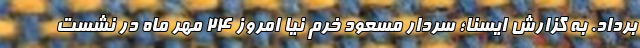
برداد. به گزارش ایسنا؛ سردار مسعود خرم نیا امروز ۲۴ مهر ماه در نشست